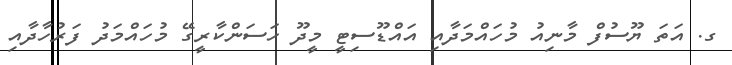
ގ. އަތަ ޔޫސުފް މާނިއު މުހައްމަދާއި އައްޑޫސިޓީ މީދޫ ހަސަންކާރީގޭ މުހައްމަދު ފަރުހާދާއި